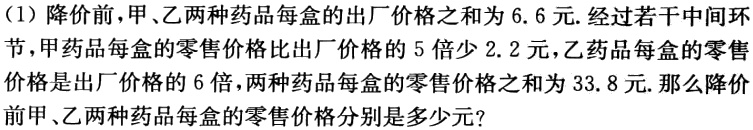
(1) 降价前，甲、乙两种药品每盒的出厂价格之和为$6.6$元. 经过若干中间环节，甲药品每盒的零售价格比出厂价格的$5$倍少$2.2$元，乙药品每盒的零售价格是出厂价格的$6$倍，两种药品每盒的零售价格之和为$33.8$元. 那么降价前甲、乙两种药品每盒的零售价格分别是多少元？